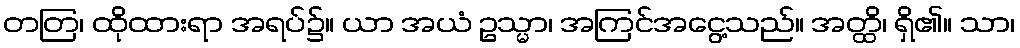
တတြ၊ ထိုထားရာ အရပ်၌။ ယာ အယံ ဥသ္မာ၊ အကြင်အငွေ့သည်။ အတ္ထိ၊ ရှိ၏။ သာ၊